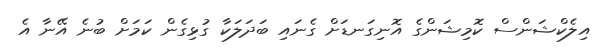
އިލެކްޝަންސް ކޮމިޝަންގެ އޮނިގަނޑަށް ގެނައި ބަދަލަކާ ގުޅިގެން ކަމަށް ބުނެ އޭނާ އެ